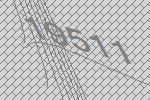
19511